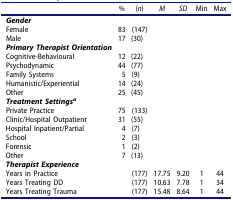
|  | % | (n) | M | SD | Min | Max |
 | --- | --- | --- | --- | --- | --- | --- |
 | Gender |  |  |  |  |  |  |
 | Female | 83 | (147) |  |  |  |  |
 | Male | 17 | (30) |  |  |  |  |
 | Primary Therapist Orientation |  |  |  |  |  |  |
 | Cognitive-Behavioural | 12 | (22) |  |  |  |  |
 | Psychodynamic | 44 | (77) |  |  |  |  |
 | Family Systems | 5 | (9) |  |  |  |  |
 | Humanistic/Experiential | 14 | (24) |  |  |  |  |
 | Other | 25 | (45) |  |  |  |  |
 | Treatment Settingsa |  |  |  |  |  |  |
 | Private Practice | 75 | (133) |  |  |  |  |
 | Clinic/Hospital Outpatient | 31 | (55) |  |  |  |  |
 | Hospital Inpatient/Partial | 4 | (7) |  |  |  |  |
 | School | 2 | (3) |  |  |  |  |
 | Forensic | 1 | (2) |  |  |  |  |
 | Other | 7 | (13) |  |  |  |  |
 | Therapist Experience |  |  |  |  |  |  |
 | Years in Practice |  | (177) | 17.75 | 9.20 | 1 | 44 |
 | Years Treating DD |  | (177) | 10.63 | 7.78 | 1 | 34 |
 | Years Treating Trauma |  | (177) | 15.48 | 8.64 | 1 | 44 |